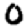
Digit: 0